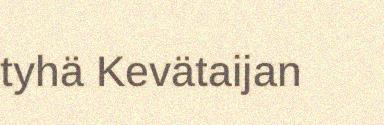
tyhä Kevätaijan